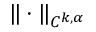
\| \cdot \| _ { C ^ { k , \alpha } }